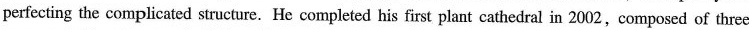
perfecting the complicated structure. He completed his first plant cathedral in 2002,composed of three